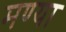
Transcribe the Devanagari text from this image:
मण्या